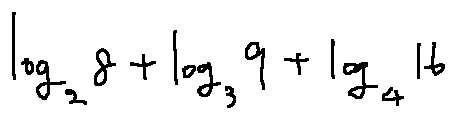
\log _ { 2 } 8 + \log _ { 3 } 9 + \log _ { 4 } 1 6